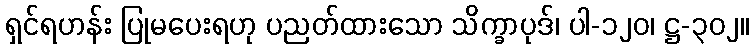
ရှင်ရဟန်း ပြုမပေးရဟု ပညတ်ထားသော သိက္ခာပုဒ်၊ ပါ-၁၂၀၊ ဋ္ဌ-၃၀၂။